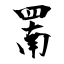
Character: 罱